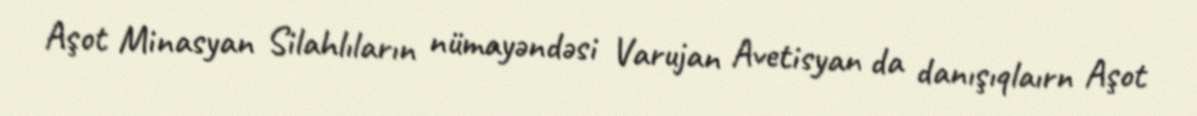
Aşot Minasyan Silahlıların nümayəndəsi Varujan Avetisyan da danışıqlaırn Aşot